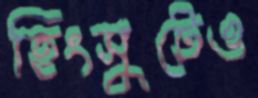
হিংসুটেও